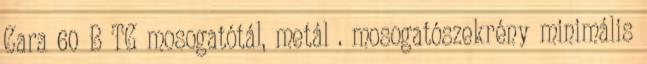
Cara 60 B TG mosogatótál, metál . mosogatószekrény minimális